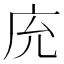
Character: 𢇰